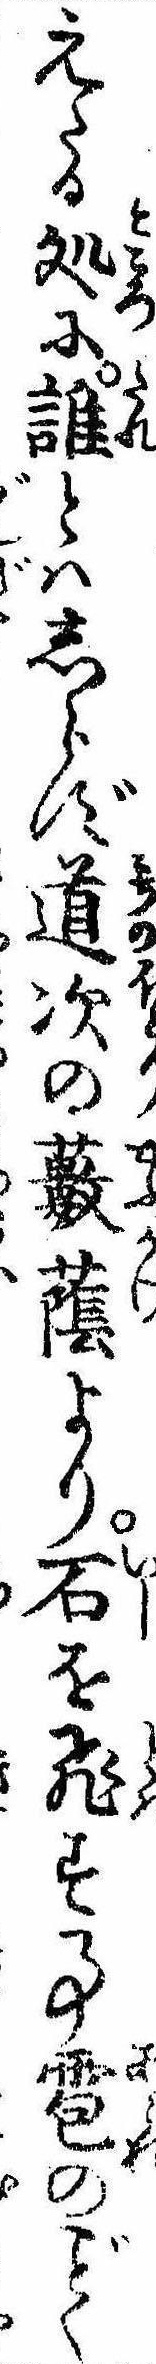
えたる処に誰とはしらず道次の薮蔭より石を飛す事雹のく